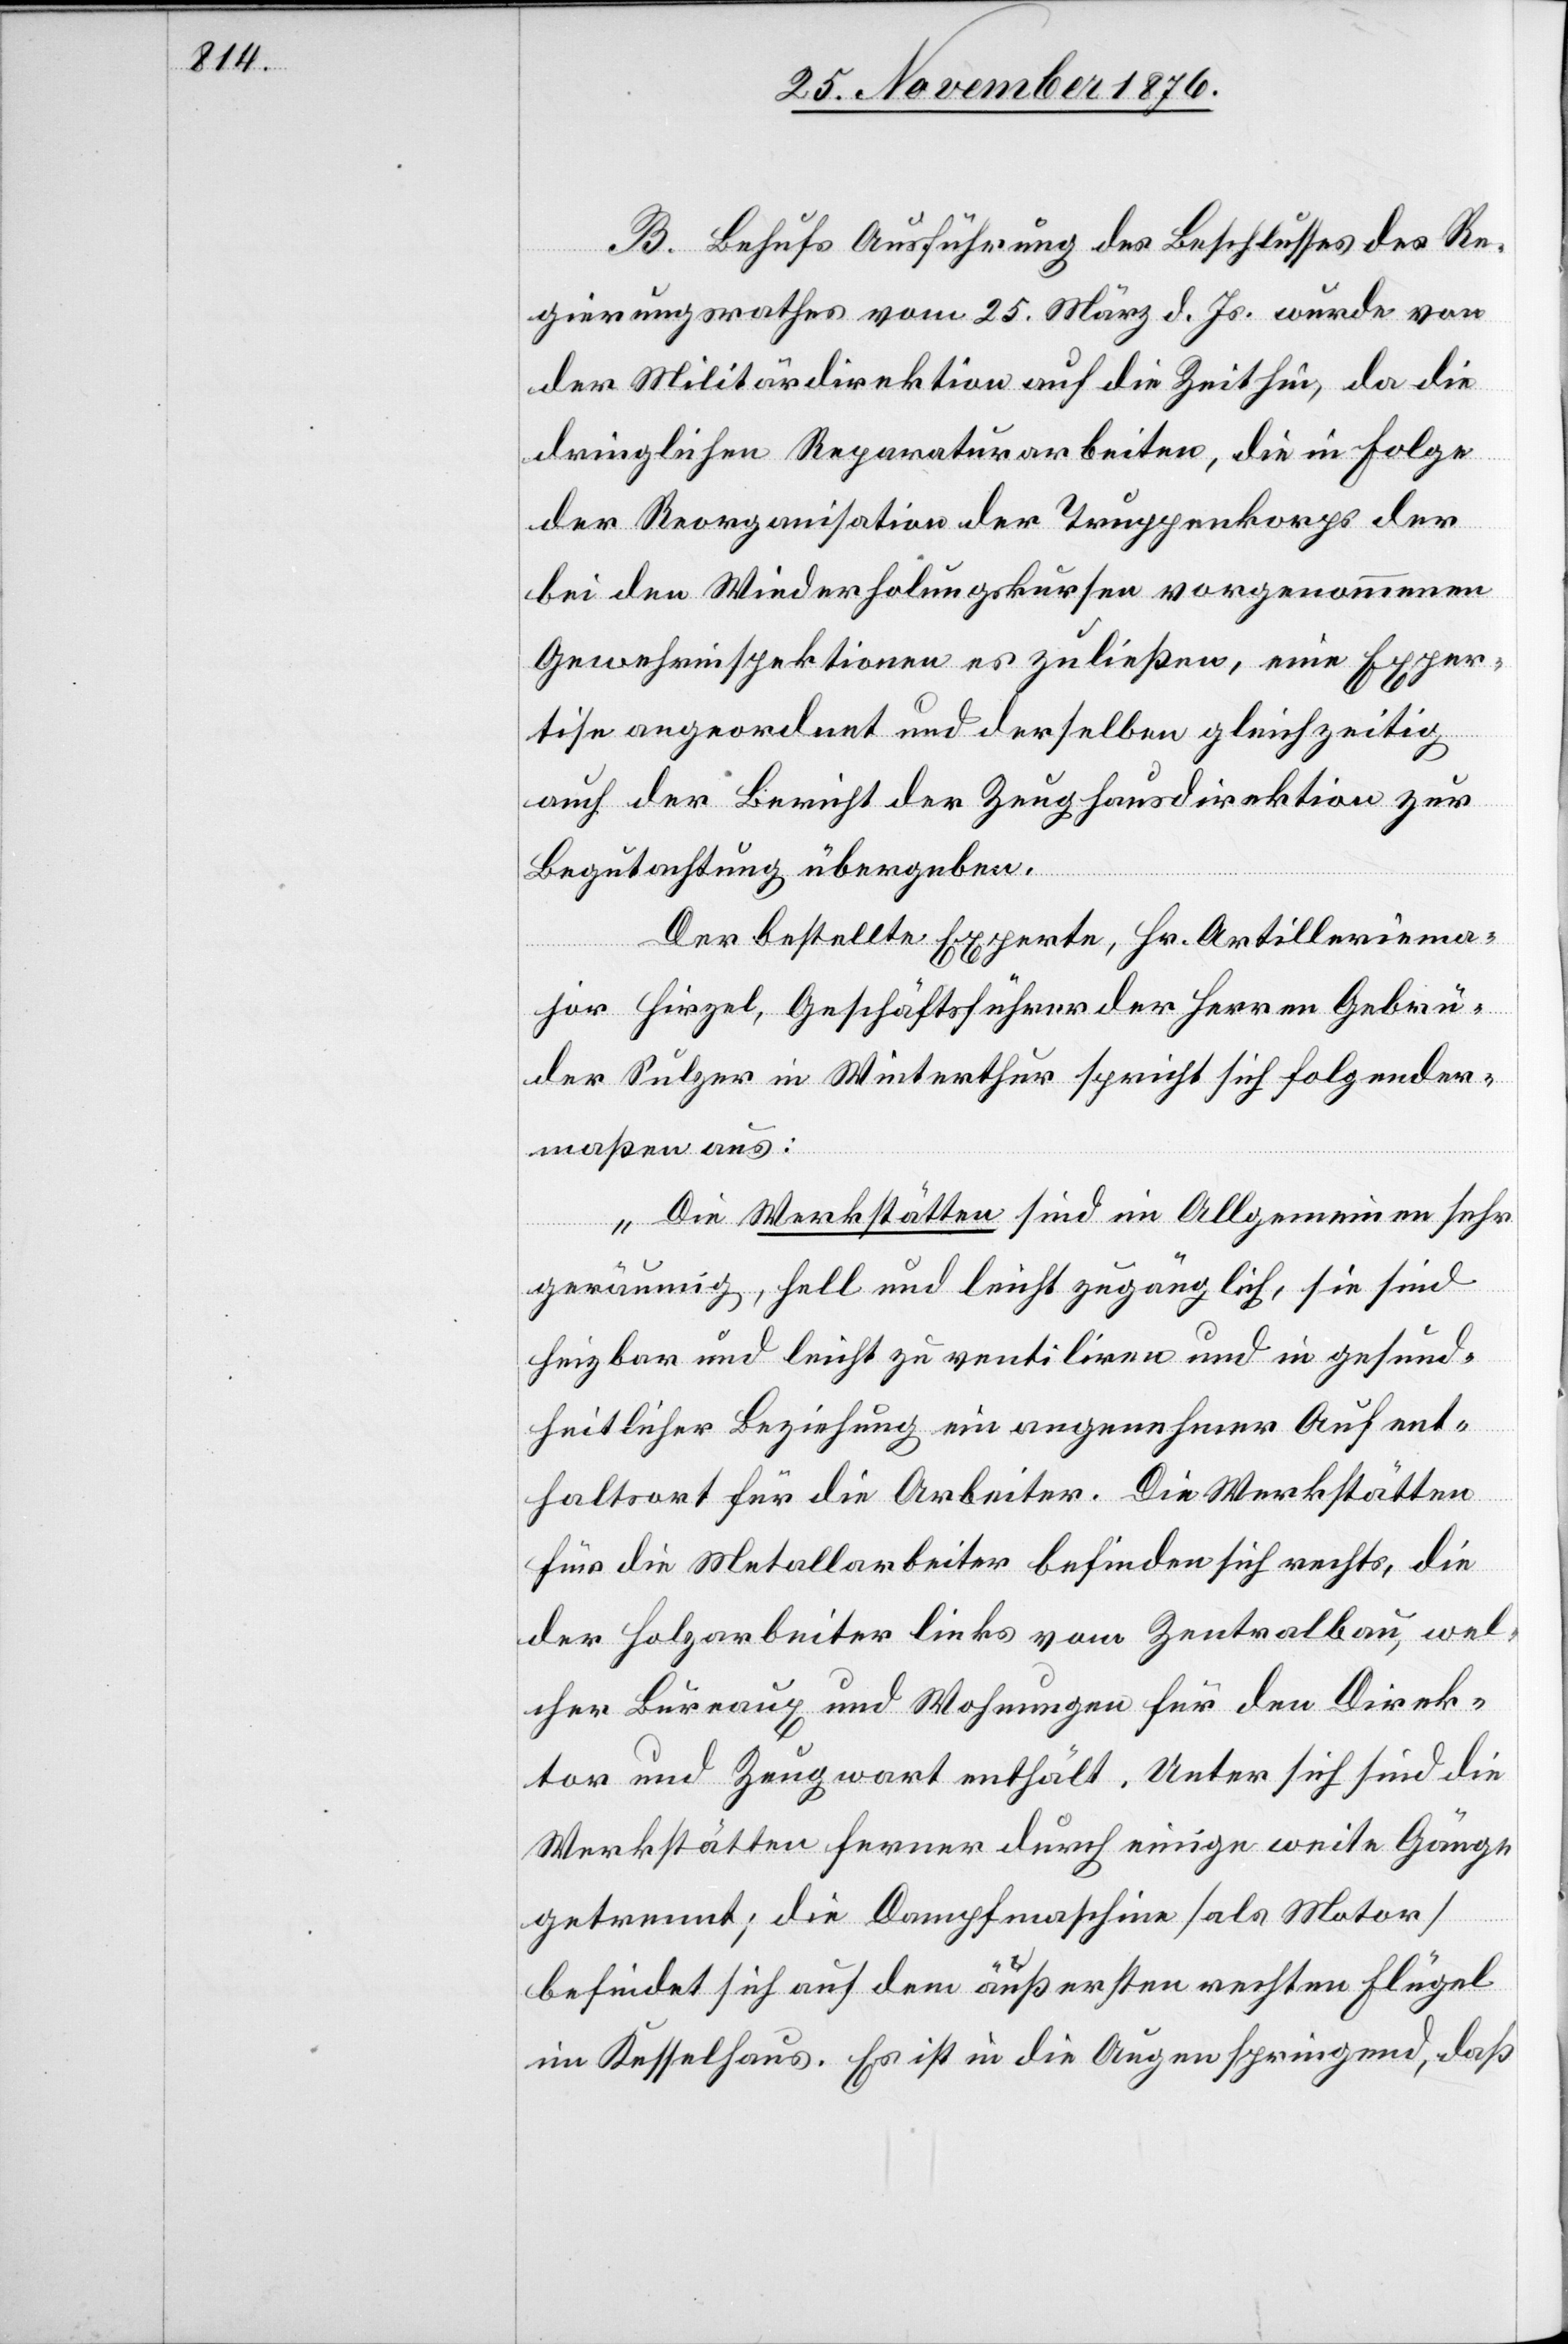
B. Behufs Ausführung des Beschlusses des Re¬
gierungsrathes vom 25. März d. Js. wurde von
der Militärdepartement auf die Zeit hin, da die
dringlichen Reparaturarbeiten, die in Folge
der Reorganisation der Truppenkorps der
bei den Wiederholungskursen vorgenommenen
Gewehrinspektionen es zuließen, eine Exper¬
tise angeordnet und derselbe gleichzeitig
auch der Bericht der Zeughausdirektion zur
Begutachtung übergeben.
Der bestellte Experte, Hr. Artilleriema¬
jor Hirzel, Geschäftsführer der Herren Gebrü¬
der Sulzer in Winterthur spricht sich folgender¬
maßen aus:
„Die Werkstätten sind im Allgemeinen sehr
geräumig, hell und leicht zugänglich, sie sind
heizbar und leicht zu ventiliren und in gesund¬
heitlicher Beziehung ein angenehmer Aufent¬
haltsort für die Arbeiter. Die Werkstätten
für die Metallarbeiten befinden sich rechts, die
der Holzarbeiter links vom Zentralbau, wel¬
cher Bureaux und Wohnungen für den Direk¬
tor und Zeugwart enthält. Unter sich sind die
Werkstätten ferner durch einige weite Gänge
getrennt; die Dampfmaschine [als Motor]
befindet sich auf dem äußersten rechten Flügel
im Kesselhaus. Es ist in die Augen springend, daß